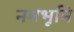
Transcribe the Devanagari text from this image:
नमभूमि